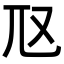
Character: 𡯅